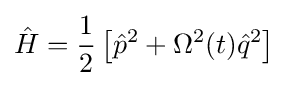
{\hat {H}}={\frac {1}{2}}\left[{\hat {p}}^{2}+\Omega ^{2}(t){\hat {q}}^{2}\right]